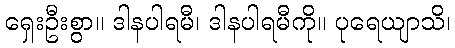
ရှေးဦးစွာ။ ဒါနပါရမီ၊ ဒါနပါရမီကို။ ပုရေယျာသိ၊